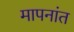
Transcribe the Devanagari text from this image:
मापनांत